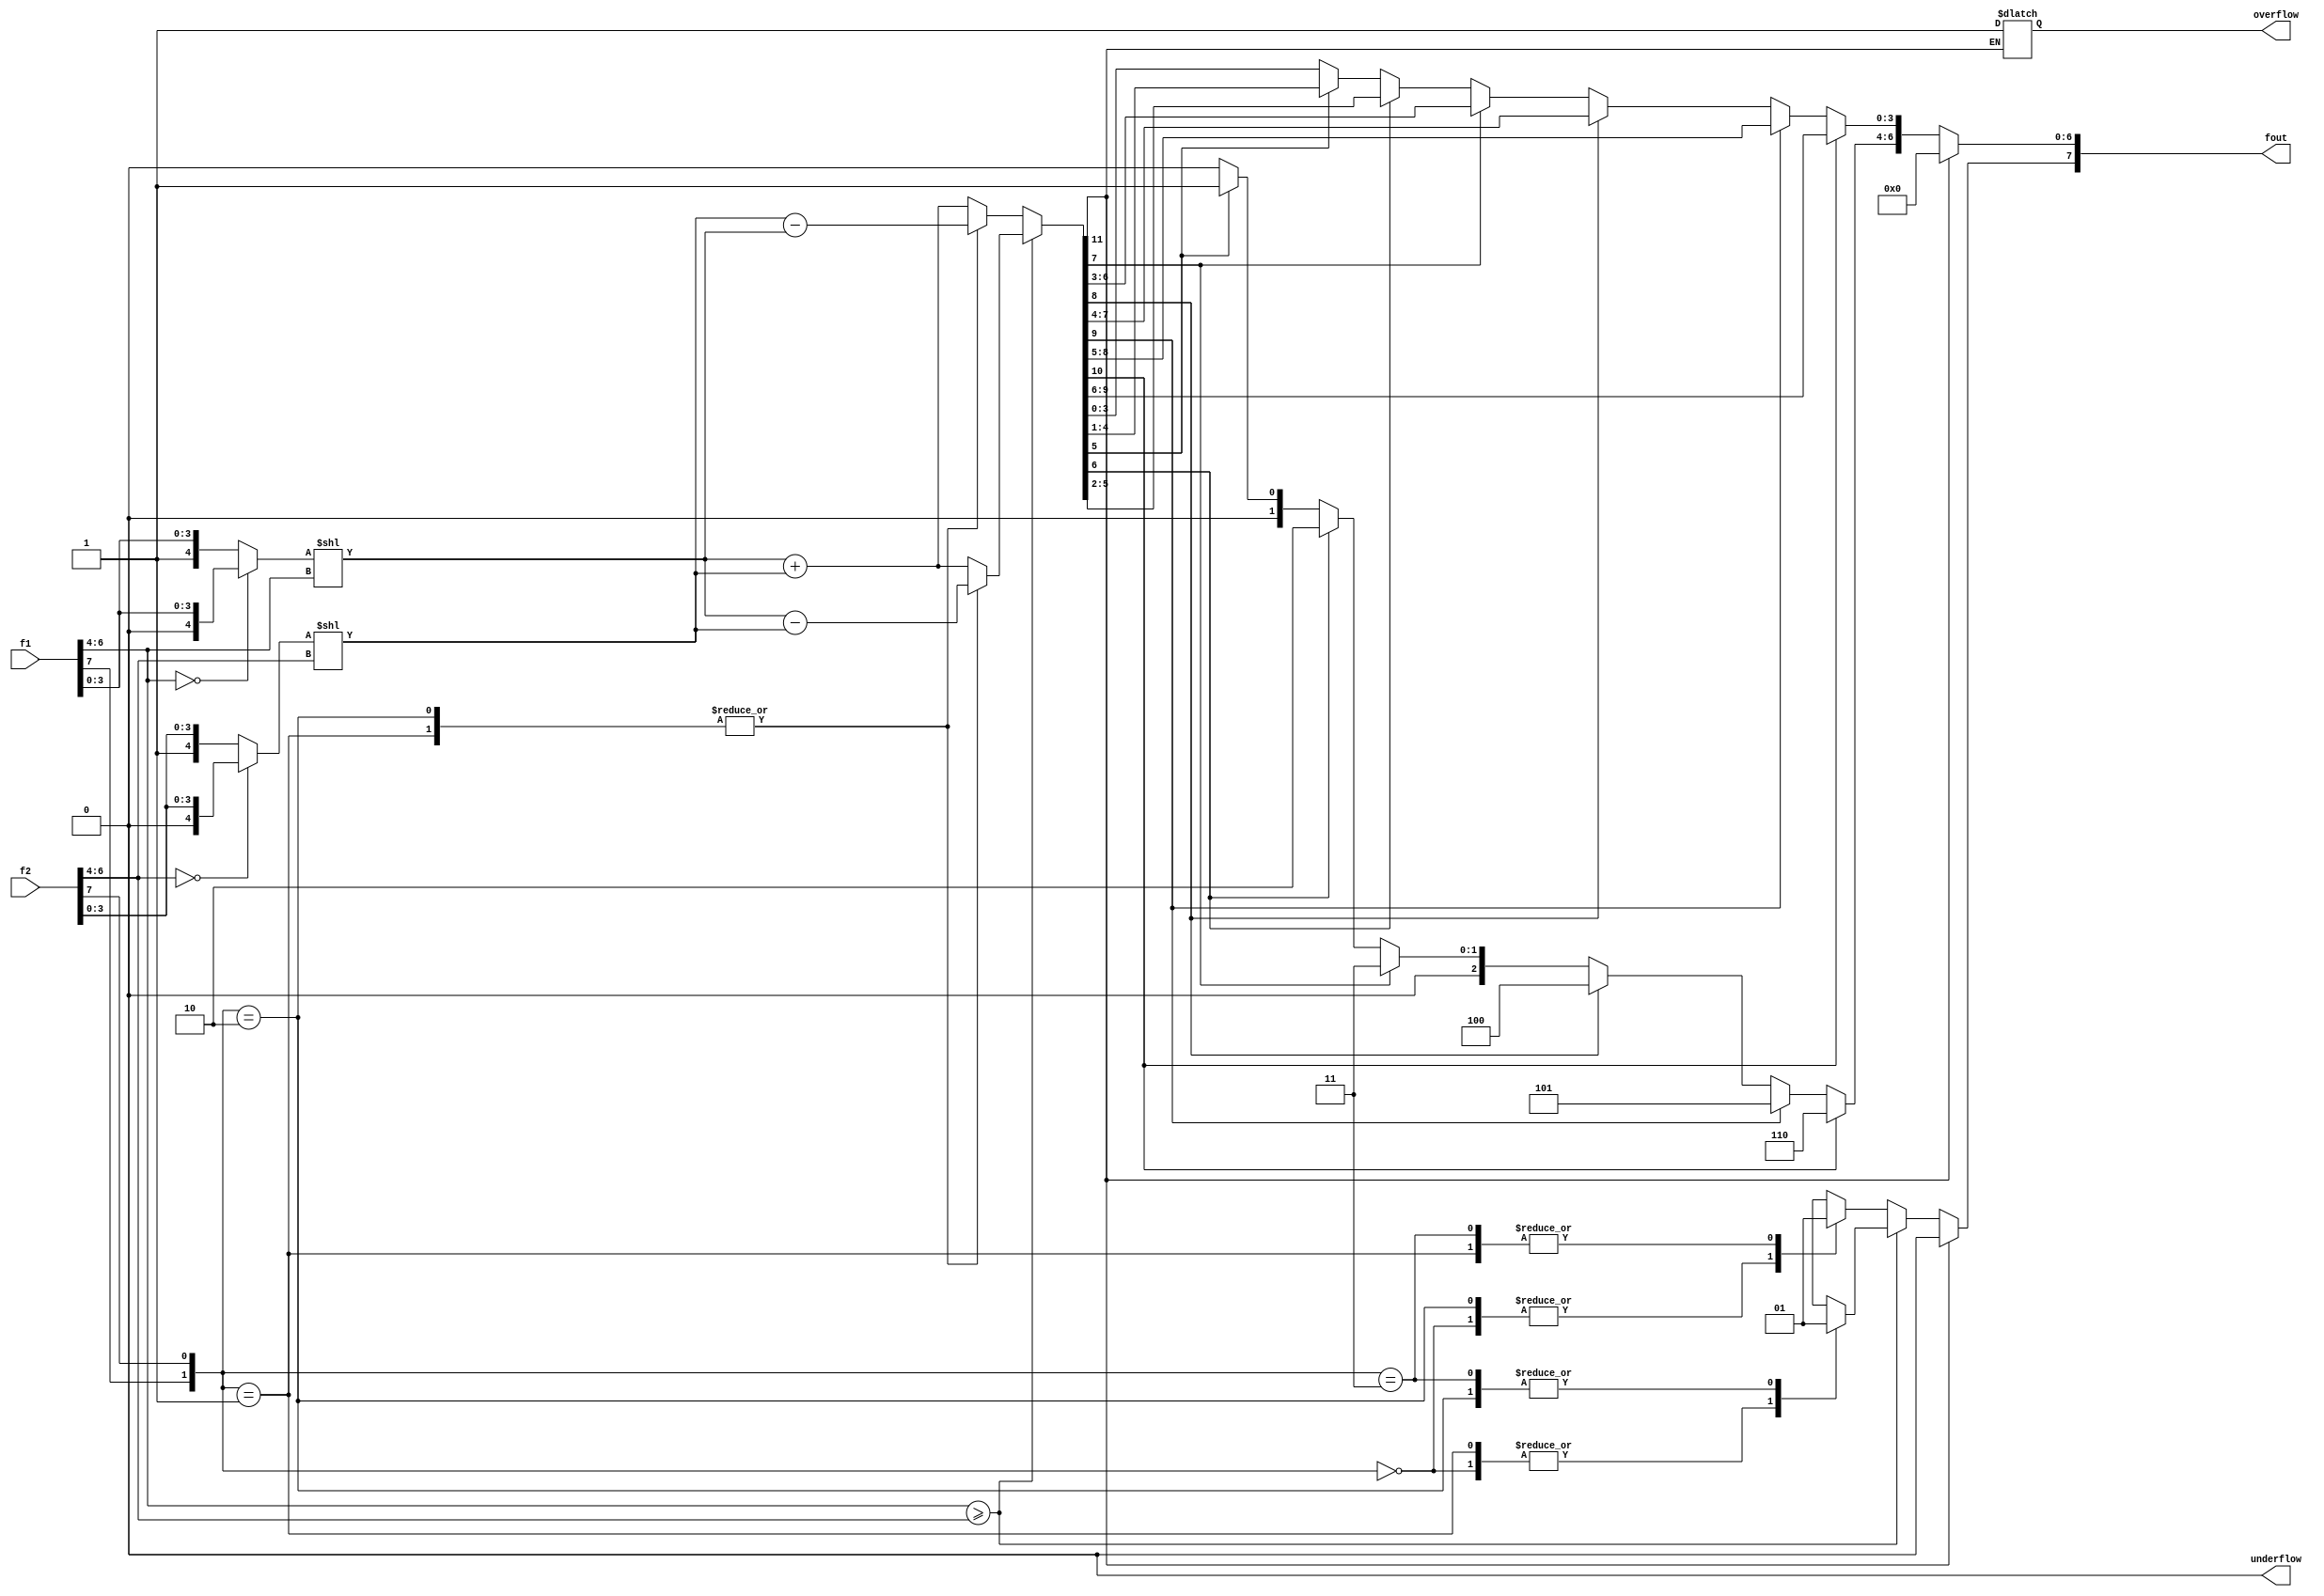
`timescale 1ns / 1ps

module fp_adder(
    input [7:0] f1,
    input [7:0] f2,
    output reg [7:0] fout,
    output reg overflow,
    output reg underflow
    );

    reg [11:0] shf_sum;
    reg [4:0] f1_frac;
    reg [4:0] f2_frac;
    wire [2:0] f1_exp;
    wire [2:0] f2_exp;
    
    assign f1_exp = f1[6:4]; // get exponents
    assign f2_exp = f2[6:4];
    
    initial begin
        fout = 0;
        overflow = 0;
        underflow = 0;
    end
        
    always@(*) begin
        if(f1[6:4] == 3'b000) f1_frac = {1'b0,f1[3:0]}; // check for 0 or else create the "fraction"
            else f1_frac = {1'b1,f1[3:0]};
        if(f2[6:4] == 3'b000) f2_frac = {1'b0,f2[3:0]};
                else f2_frac = {1'b1,f2[3:0]};   
             
        if(f1_exp >= f2_exp) begin // how are we going to shift?
            case({f1[7],f2[7]})
                2'b00: begin 
                    shf_sum = (f1_frac << f1_exp) + (f2_frac << f2_exp); 
                    fout[7] = 0; 
                end
                2'b01: begin 
                    shf_sum = (f1_frac << f1_exp) - (f2_frac << f2_exp); 
                    fout[7] = 0;
                end 
                2'b10: begin 
                    shf_sum = (f1_frac << f1_exp) - (f2_frac << f2_exp); 
                    fout[7] = 1;
                end
                2'b11: begin 
                    shf_sum = (f1_frac << f1_exp) + (f2_frac << f2_exp); 
                    fout[7] = 1;
                end 
            endcase      
        end else begin
            case({f1[7],f2[7]})
                2'b00: begin 
                    shf_sum = (f2_frac << f2_exp) + (f1_frac << f1_exp); 
                    fout[7] = 0;
                end
                2'b01: begin 
                    shf_sum = (f2_frac << f2_exp) - (f1_frac << f1_exp); 
                    fout[7] = 1;
                end 
                2'b10: begin 
                    shf_sum = (f2_frac << f2_exp) - (f1_frac << f1_exp); 
                    fout[7] = 0;
                end
                2'b11: begin 
                    shf_sum = (f2_frac << f2_exp) + (f1_frac << f1_exp); 
                    fout[7] = 1;
                end 
            endcase
        end
        if(shf_sum[11]) begin 
            overflow = 1;
            fout = 0;
        end
        else if(shf_sum[10]) begin 
            fout[6:4] = 6; 
            fout[3:0] = shf_sum[9:6]; 
        end
        else if(shf_sum[9]) begin 
            fout[6:4] = 5; 
            fout[3:0] = shf_sum[8:5];
        end
        else if(shf_sum[8]) begin 
            fout[6:4] = 4; 
            fout[3:0] = shf_sum[7:4];
        end
        else if(shf_sum[7]) begin 
            fout[6:4] = 3; 
            fout[3:0] = shf_sum[6:3];
        end
        else if(shf_sum[6]) begin 
            fout[6:4] = 2; 
            fout[3:0] = shf_sum[5:2];
        end
        else if(shf_sum[5]) begin 
            fout[6:4] = 1; 
            fout[3:0] = shf_sum[4:1];
        end
        else begin 
            fout[6:4] = 0; 
            fout[3:0] = shf_sum[3:0];
        end                                          
    end
    
endmodule